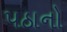
પઠાનો